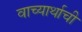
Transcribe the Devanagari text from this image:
वाच्यार्थाची